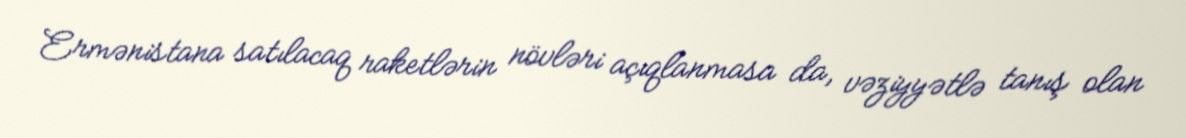
Ermənistana satılacaq raketlərin növləri açıqlanmasa da, vəziyyətlə tanış olan